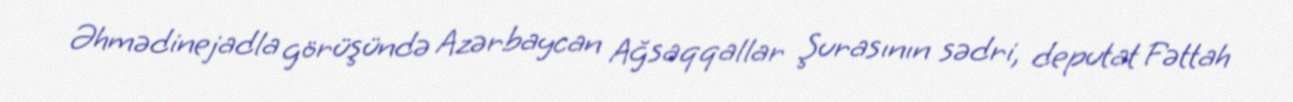
Əhmədinejadla görüşündə Azərbaycan Ağsaqqallar Şurasının sədri, deputat Fəttah